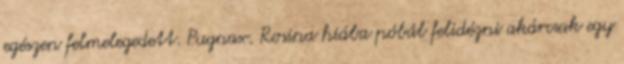
egészen felmelegedett. Pugnax. Rosina hiába póbál felidézni akárcsak egy